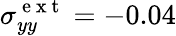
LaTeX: \sigma_{yy}^{\mathrm{~e~x~t~}}=-0.04